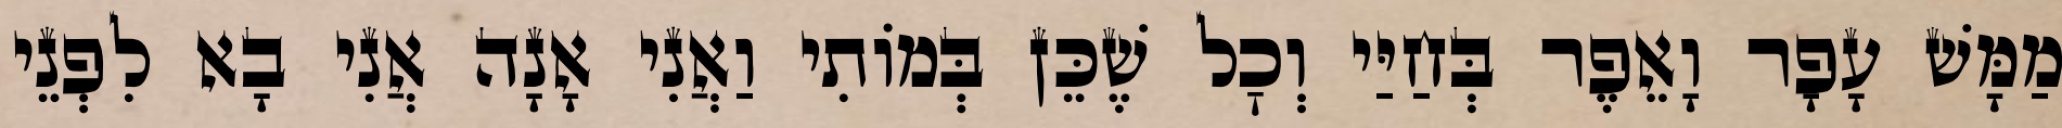
מַמָּשׁ עָפָר וָאֵפֶר בְּחַיַּי וְכׇל שֶׁכֵּן בְּמוֹתִי וַאֲנִי אָנָה אֲנִי בָא לִפְנֵי